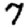
Digit: 7